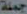
جملة